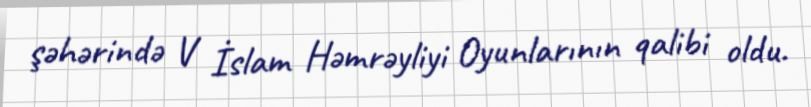
şəhərində V İslam Həmrəyliyi Oyunlarının qalibi oldu.